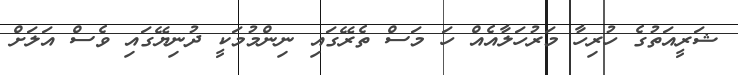
ޝަރީއަތުގެ ހުރިހާ މަރުހަލާއެއް ހަ މަސް ތެރޭގައި ނިންމުމަކީ ދުނިޔޭގައި ވެސް އަލަށް